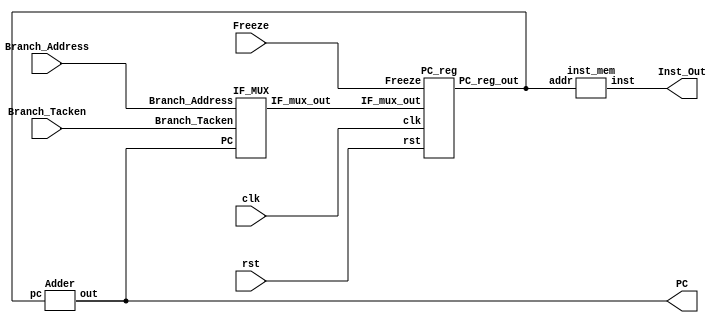
module IF
(
input clk,
input rst,
input [31:0]Branch_Address,
input Branch_Tacken,
input Freeze,
output [31:0]PC,
output [31:0]Inst_Out
);

wire [31:0] PC_reg_out;
wire [31:0] IF_mux_out;

Adder adder(.pc(PC_reg_out), .out(PC));
inst_mem mem(.addr(PC_reg_out), .inst(Inst_Out));
IF_MUX mux(.PC(PC), .Branch_Address(Branch_Address), .Branch_Tacken(Branch_Tacken), .IF_mux_out(IF_mux_out));
PC_reg pc_reg(.clk(clk), .rst(rst), .IF_mux_out(IF_mux_out), .PC_reg_out(PC_reg_out), .Freeze(Freeze));


endmodule


//------------------------------------//
//                ADDER
//------------------------------------//
module Adder (input [31:0] pc, output [31:0] out);
  assign out=pc+32'b00100;
endmodule

//------------------------------------//
//          Instruction_Memory
//------------------------------------//
module inst_mem(input [31:0] addr, output [31:0] inst);
  wire [7:0]inst_mem[0:187];
  assign inst={inst_mem[addr+3],inst_mem[addr+2],inst_mem[addr+1],inst_mem[addr+0]};
  
            assign {inst_mem[3], inst_mem[2], inst_mem[1], inst_mem[0]} = 32'b1110_00_1_1101_0_0000_0000_000000010100;      //  MOV R0 = 20           R0 = 20
            assign {inst_mem[7], inst_mem[6], inst_mem[5], inst_mem[4]} = 32'b1110_00_1_1101_0_0000_0001_101000000001;      //  MOV R1 ,#4096         R1 = 4096
            assign {inst_mem[11], inst_mem[10], inst_mem[9], inst_mem[8]} = 32'b1110_00_1_1101_0_0000_0010_000100000011;   //   MOV R2 ,#0xC0000000    R2 = -1073741824
            assign {inst_mem[15], inst_mem[14], inst_mem[13], inst_mem[12]} = 32'b1110_00_0_0100_1_0010_0011_000000000010; //   ADDS R3 ,R2,R2         R3 = -2147483648
            assign {inst_mem[19], inst_mem[18], inst_mem[17], inst_mem[16]} =  32'b1110_00_0_0101_0_0000_0100_000000000000; //ADC R4 ,R0,R0 //R4 = 41
            assign {inst_mem[23], inst_mem[22], inst_mem[21], inst_mem[20]} = 32'b1110_00_0_0010_0_0100_0101_000100000100; //SUB R5 ,R4,R4,LSL #2 //R5 = -123
            assign {inst_mem[27], inst_mem[26], inst_mem[25], inst_mem[24]} = 32'b1110_00_0_0110_0_0000_0110_000010100000; //SBC R6 ,R0,R0,LSR #1//R6 = 10
            assign {inst_mem[31], inst_mem[30], inst_mem[29], inst_mem[28]} = 32'b1110_00_0_1100_0_0101_0111_000101000010; //ORR R7,R5,R2,ASR #2//R7 = -123
            assign {inst_mem[35], inst_mem[34], inst_mem[33], inst_mem[32]} = 32'b1110_00_0_0000_0_0111_1000_000000000011; //AND R8,R7,R3   R8 = -2147483648
            assign {inst_mem[39], inst_mem[38], inst_mem[37], inst_mem[36]} = 32'b1110_00_0_1111_0_0000_1001_000000000110; //MVN R9,R6//R9 = -11
            assign {inst_mem[43], inst_mem[42], inst_mem[41], inst_mem[40]} = 32'b1110_00_0_0001_0_0100_1010_000000000101; //EOR R10,R4,R5//R10 = -84
            assign {inst_mem[47], inst_mem[46], inst_mem[45], inst_mem[44]} = 32'b1110_00_0_1010_1_1000_0000_000000000110; //CMP R8,R6
            assign {inst_mem[51], inst_mem[50], inst_mem[49], inst_mem[48]} = 32'b0001_00_0_0100_0_0001_0001_000000000001; //ADDNE R1,R1,R1//R1 = 8192
            assign {inst_mem[55], inst_mem[54], inst_mem[53], inst_mem[52]} = 32'b1110_00_0_1000_1_1001_0000_000000001000; //TST R9,R8
            assign {inst_mem[59], inst_mem[58], inst_mem[57], inst_mem[56]} = 32'b0000_00_0_0100_0_0010_0010_000000000010; //ADDEQ R2 ,R2,R2   //R2 = -1073741824
            assign {inst_mem[63], inst_mem[62], inst_mem[61], inst_mem[60]} = 32'b1110_00_1_1101_0_0000_0000_101100000001; //MOV R0,#1024//R0 = 1024
            assign {inst_mem[67], inst_mem[66], inst_mem[65], inst_mem[64]} = 32'b1110_01_0_0100_0_0000_0001_000000000000; //STR R1,[R0],#0//MEM[1024] = 8192
            assign {inst_mem[71], inst_mem[70], inst_mem[69], inst_mem[68]} = 32'b1110_01_0_0100_1_0000_1011_000000000000; //LDR R11,[R0],#0//R11 = 8192
            assign {inst_mem[75], inst_mem[74], inst_mem[73], inst_mem[72]} = 32'b1110_01_0_0100_0_0000_0010_000000000100; //STR R2,[R0],#4//MEM[1028] = -1073741824
            assign {inst_mem[79], inst_mem[78], inst_mem[77], inst_mem[76]} = 32'b1110_01_0_0100_0_0000_0011_000000001000; //STR    R3 ,[R0],#8//MEM[1032] = -2147483648
            assign {inst_mem[83], inst_mem[82], inst_mem[81], inst_mem[80]} = 32'b1110_01_0_0100_0_0000_0100_000000001101; //STR    R4 ,[R0],#13    //MEM[1036] = 41
            assign {inst_mem[87], inst_mem[86], inst_mem[85], inst_mem[84]} = 32'b1110_01_0_0100_0_0000_0101_000000010000; //STR R5,[R0],#16//MEM[1040] = -123
            assign {inst_mem[91], inst_mem[90], inst_mem[89], inst_mem[88]} = 32'b1110_01_0_0100_0_0000_0110_000000010100; //STR R6,[R0],#20 //MEM[1044] = 10
            assign {inst_mem[95], inst_mem[94], inst_mem[93], inst_mem[92]} = 32'b1110_01_0_0100_1_0000_1010_000000000100; //LDR R10,[R0],#4 //R10 = -1073741824
            assign {inst_mem[99], inst_mem[98], inst_mem[97], inst_mem[96]} = 32'b1110_01_0_0100_0_0000_0111_000000011000; //STR R7,[R0],#24    //MEM[1048] = -123
            assign {inst_mem[103], inst_mem[102], inst_mem[101], inst_mem[100]} = 32'b1110_00_1_1101_0_0000_0001_000000000100; //MOV R1,#4//R1 = 4
            assign {inst_mem[107], inst_mem[106], inst_mem[105], inst_mem[104]} = 32'b1110_00_1_1101_0_0000_0010_000000000000; //MOV R2,#0//R2 = 0
            assign {inst_mem[111], inst_mem[110], inst_mem[109], inst_mem[108]} = 32'b1110_00_1_1101_0_0000_0011_000000000000; //MOV R3,#0//R3 = 0
            assign {inst_mem[115], inst_mem[114], inst_mem[113], inst_mem[112]} = 32'b1110_00_0_0100_0_0000_0100_000100000011; //ADD R4,R0,R3,LSL #2
            assign {inst_mem[119], inst_mem[118], inst_mem[117], inst_mem[116]} = 32'b1110_01_0_0100_1_0100_0101_000000000000; //LDR R5,[R4],#0
            assign {inst_mem[123], inst_mem[122], inst_mem[121], inst_mem[120]} = 32'b1110_01_0_0100_1_0100_0110_000000000100; //LDR R6,[R4],#4
            assign {inst_mem[127], inst_mem[126], inst_mem[125], inst_mem[124]} = 32'b1110_00_0_1010_1_0101_0000_000000000110; //CMP R5,R6
            assign {inst_mem[131], inst_mem[130], inst_mem[129], inst_mem[128]} = 32'b1100_01_0_0100_0_0100_0110_000000000000; //STRGT R6,[R4],#0
            assign {inst_mem[135], inst_mem[134], inst_mem[133], inst_mem[132]} = 32'b1100_01_0_0100_0_0100_0101_000000000100; //STRGT R5,[R4],#4
            assign {inst_mem[139], inst_mem[138], inst_mem[137], inst_mem[136]} = 32'b1110_00_1_0100_0_0011_0011_000000000001; //ADD R3,R3,#1
            assign {inst_mem[143], inst_mem[142], inst_mem[141], inst_mem[140]} = 32'b1110_00_1_1010_1_0011_0000_000000000011; //CMP R3,#3
            assign {inst_mem[147], inst_mem[146], inst_mem[145], inst_mem[144]} = 32'b1011_10_1_0_111111111111111111110111  ; //BLT#-9
            assign {inst_mem[151], inst_mem[150], inst_mem[149], inst_mem[148]} = 32'b1110_00_1_0100_0_0010_0010_000000000001; //ADD R2,R2,#1
            assign {inst_mem[155], inst_mem[154], inst_mem[153], inst_mem[152]} = 32'b1110_00_0_1010_1_0010_0000_000000000001;//CMP R2,R1
            assign {inst_mem[159], inst_mem[158], inst_mem[157], inst_mem[156]} = 32'b1011_10_1_0_111111111111111111110011  ;//BLT#-13
            assign {inst_mem[163], inst_mem[162], inst_mem[161], inst_mem[160]} = 32'b1110_01_0_0100_1_0000_0001_000000000000;//LDR R1 ,[R0],#0//    R1 = -2147483648
            assign {inst_mem[167], inst_mem[166], inst_mem[165], inst_mem[164]} = 32'b1110_01_0_0100_1_0000_0010_000000000100;//LDR R2 ,[R0],#4//    R2 = -1073741824
            assign {inst_mem[171], inst_mem[170], inst_mem[169], inst_mem[168]} = 32'b1110_01_0_0100_1_0000_0011_000000001000;//STR R3 ,[R0],#8//    R3 = 41
            assign {inst_mem[175], inst_mem[174], inst_mem[173], inst_mem[172]} = 32'b1110_01_0_0100_1_0000_0100_000000001100;//STR R4 ,[R0],#12//   R4 = 8192
            assign {inst_mem[179], inst_mem[178], inst_mem[177], inst_mem[176]} = 32'b1110_01_0_0100_1_0000_0101_000000010000;//STR R5 ,[R0],#16//   R5= -123
            assign {inst_mem[183], inst_mem[182], inst_mem[181], inst_mem[180]} = 32'b1110_01_0_0100_1_0000_0110_000000010100;//STR R6 ,[R0],#20//   R6 = 10
            assign {inst_mem[187], inst_mem[186], inst_mem[185], inst_mem[184]} = 32'b1110_10_1_0_111111111111111111111111;//B#-1
  
endmodule

//------------------------------------//
//                MUX
//------------------------------------//
module IF_MUX
(
input [31:0]PC,
input [31:0]Branch_Address,
input Branch_Tacken, // mux select
output [31:0]IF_mux_out
);

assign IF_mux_out = (Branch_Tacken == 1'b0) ? PC : Branch_Address;
endmodule

//------------------------------------//
//                PC
//------------------------------------//
module PC_reg
(
input clk, 
input rst,
input [31:0]IF_mux_out,
input Freeze, // Reg Enable
output reg [31:0]PC_reg_out
);

always@(posedge clk, posedge rst)
begin
if(rst == 1'b1)
	PC_reg_out <= 32'b0;
else
begin
if(Freeze == 1'b1)
	PC_reg_out <= PC_reg_out;
else
	PC_reg_out <= IF_mux_out;
end
end
endmodule